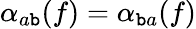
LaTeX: \alpha_{a\mathtt{b}}(f)=\alpha_{\mathtt{b}a}(f)